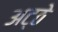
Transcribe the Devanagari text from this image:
अट्ठे